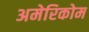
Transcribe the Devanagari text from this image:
अमेरिकोम